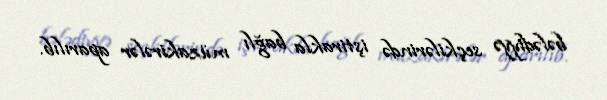
bələdiyyə seçkilərində iştirakla bağlı müzakirələr aparılıb.